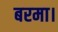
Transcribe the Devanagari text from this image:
बरमा।